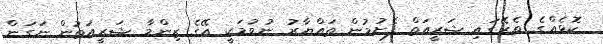
ކޮޅެއްގެ ތެރޭގައި ޝަރީއަތް ފެށުމުން ތައްޔާރު ނުވުމަކީ އޭގެ ޒިންމާ ޝަރީއަތުން ނަގަން